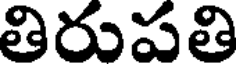
తిరుపతి